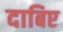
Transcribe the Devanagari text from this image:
दाबिए